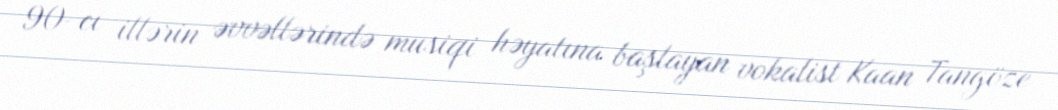
90-cı illərin əvvəllərində musiqi həyatına başlayan vokalist Kaan Tangöze